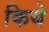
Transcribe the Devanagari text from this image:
किये